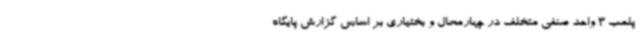
پلمب 3 واحد صنفی متخلف در چهارمحال و بختیاری بر اساس گزارش پایگاه